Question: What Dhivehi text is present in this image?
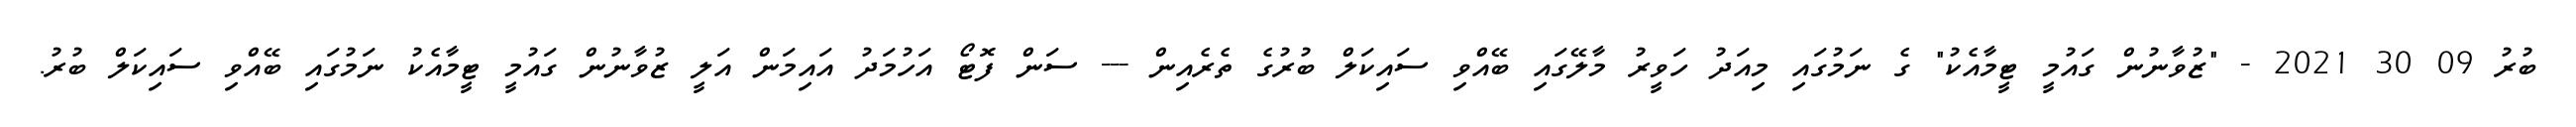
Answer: ބުރު 09 30 2021 - "ޒުވާނުން ގައުމީ ޓީމާއެކު" ގެ ނަމުގައި މިއަދު ހަވީރު މާލޭގައި ބޭއްވި ސައިކަލް ބުރުގެ ތެރެއިން --- ސަން ފޮޓޯ އަހުމަދު އައިމަން އަލީ ޒުވާނުން ގައުމީ ޓީމާއެކު ނަމުގައި ބޭއްވި ސައިކަލް ބުރު.